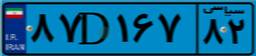
۵۵D۵۲۹۴۷